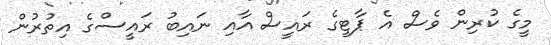
މީގެ ކުރިން ވެސް އެ ޕާޓީގެ ރައީސް އާއި ނައިބު ރައީސްގެ އިތުރުން